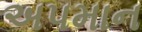
અપમાન